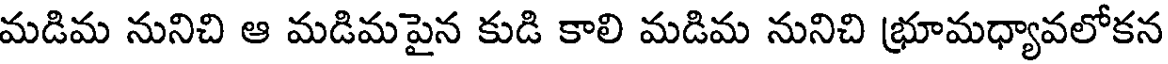
మడిమ నునిచి ఆ మడిమపైన కుడి కాలి మడిమ నునిచి భ్రూమధ్యావలోకన